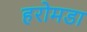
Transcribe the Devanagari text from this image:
हरोमडा